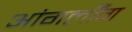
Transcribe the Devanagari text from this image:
आंगलॉँग